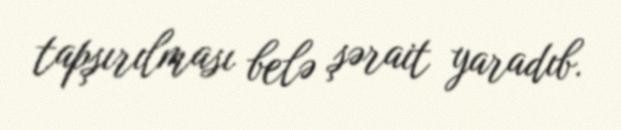
tapşırılması belə şərait yaradıb.